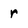
Character: r